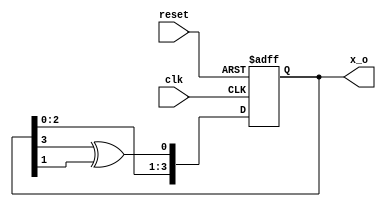
`timescale 1ns / 1ps
//////////////////////////////////////////////////////////////////////////////////
// Company: 
// Engineer: 
// 
// Design Name: 
// Module Name: lfsr
// Project Name: 
// Target Devices: 
// Tool Versions: 
// Description: 
// 
// Dependencies: 
// 
// Revision:
// Revision 0.01 - File Created
// Additional Comments:
// 
//////////////////////////////////////////////////////////////////////////////////


module lfsr(
    input clk,
    input reset,
    output reg [3:0] x_o
    );
    
    always@(posedge clk or negedge reset) begin
        if (reset == 1'b0)
            x_o <= 4'b1111;
        else 
            x_o <= {x_o[2:0], x_o[3]^x_o[1]};
    end
    
endmodule